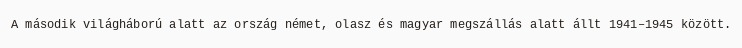
A második világháború alatt az ország német, olasz és magyar megszállás alatt állt 1941–1945 között.